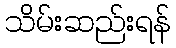
သိမ်းဆည်းရန်